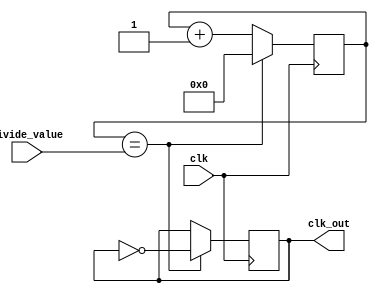
module clock_divider (
    input clk,
    input [7:0] divide_value,
    output reg clk_out
);

reg [7:0] count;

always @(posedge clk) begin
    if (count == divide_value) begin
        count <= 0;
        clk_out <= ~clk_out;
    end else begin
        count <= count + 1;
    end
end

endmodule